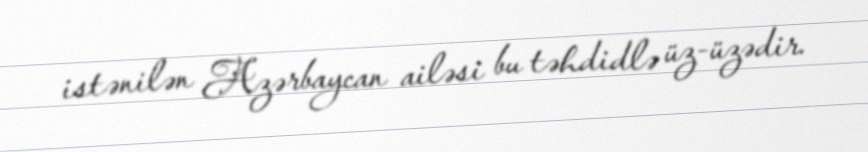
istənilən Azərbaycan ailəsi bu təhdidlə üz-üzədir.